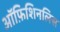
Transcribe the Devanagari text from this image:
ऑफ़िशिनलिस